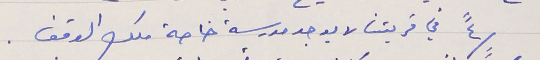
/٤"في قريتنا لا يوجد مدرسة خاصة ملك الوقف .